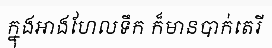
ក្នុងអាងហែលទឹក ក៏មានបាក់តេរី